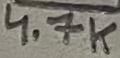
Text: 4.7K